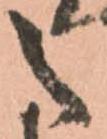
之